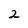
Character: 2